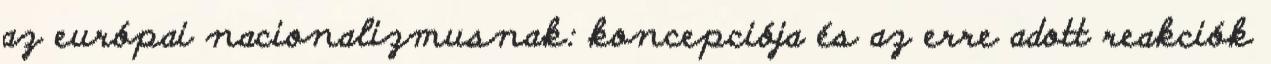
az európai nacionalizmusnak: koncepciója és az erre adott reakciók